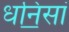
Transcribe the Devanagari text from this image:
धनि॒सां